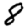
Digit: 8